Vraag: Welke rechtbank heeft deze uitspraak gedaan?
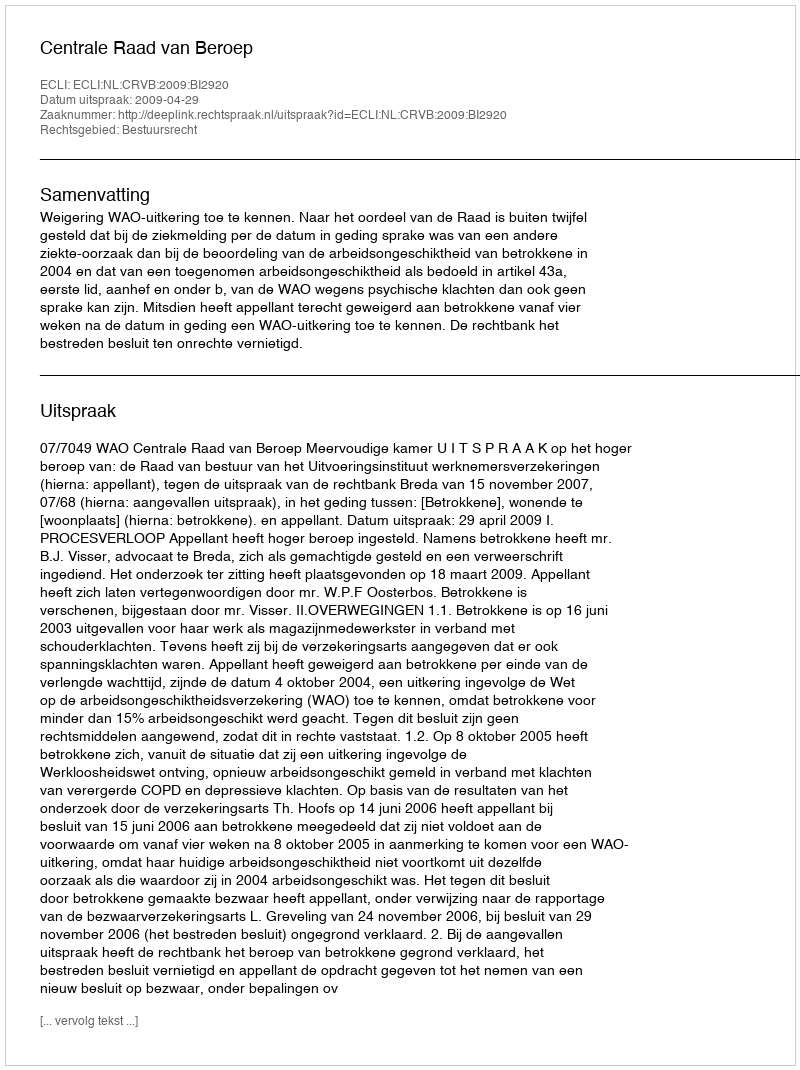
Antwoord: Centrale Raad van Beroep